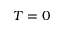
T = 0